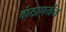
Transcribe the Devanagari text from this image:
कंठापर्यंत